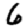
Digit: 6